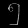
Digit: ၅